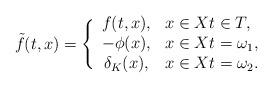
LaTeX: \begin{align*}\tilde{f}(t,x)= \Bigg\{ \begin{array}{cl}f(t,x), & x \in X t\in T,\\-\phi(x),& x \in X t=\omega_1,\\\delta_{K} (x),& x\in X t=\omega_2.\end{array}\end{align*}